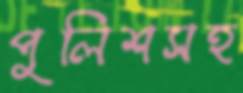
পুলিশসহ